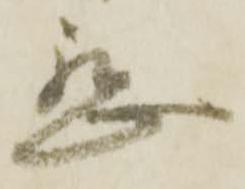
懇